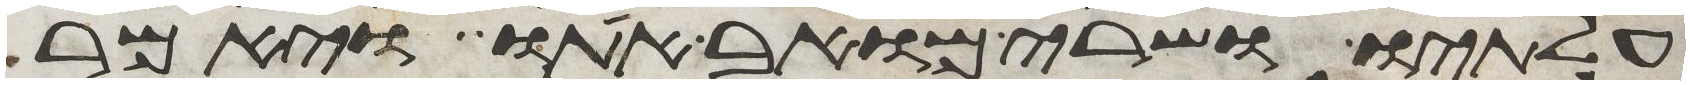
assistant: עלתיו ושרי מואב אתו ויאמר